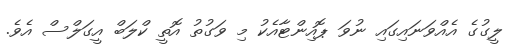
ލީގުގެ އެއްވަނައިގައި ނުވަ ޕޮއިންޓާއެކު މި ވަގުތު އޮތީ ކްލަބް އީގަލްސް އެވެ.